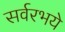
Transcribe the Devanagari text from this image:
सर्वरभये